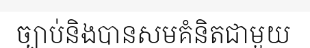
ច្បាប់និងបានសមគំនិតជាមួយ